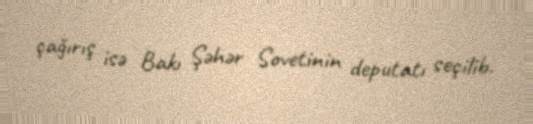
çağırış isə Bakı Şəhər Sovetinin deputatı seçilib.